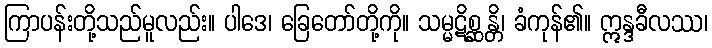
ကြာပန်းတို့သည်မူလည်း။ ပါဒေ၊ ခြေတော်တို့ကို။ သမ္မဋိစ္ဆန္တိ၊ ခံကုန်၏။ ဣန္ဒခီလဿ၊